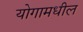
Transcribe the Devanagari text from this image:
योगामधील